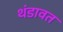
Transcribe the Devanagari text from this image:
थंडावत